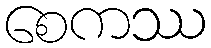
စေကဿ